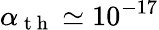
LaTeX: \alpha_{\mathrm{~t~h~}}\simeq 10^{-17}